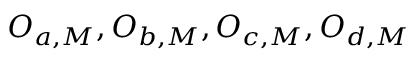
O _ { a , M } , O _ { b , M } , O _ { c , M } , O _ { d , M }